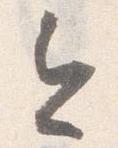
今